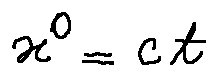
x ^ { 0 } = c t